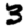
Digit: 3